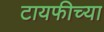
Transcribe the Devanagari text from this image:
टायफीच्या